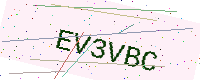
Text: EV3VBC